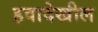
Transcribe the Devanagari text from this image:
हवादेखील